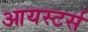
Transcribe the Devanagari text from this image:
आयस्टर्स